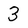
Character: 3